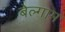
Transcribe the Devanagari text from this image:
बेल्गाम